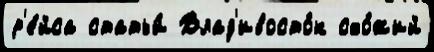
р'е́йса статьи́ Влад'ивосто́к схо́жий